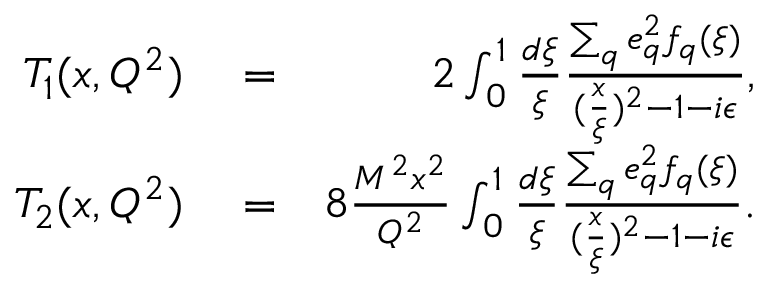
\begin{array} { r l r } { T _ { 1 } ( x , Q ^ { 2 } ) } & { { } = } & { 2 \int _ { 0 } ^ { 1 } \frac { d \xi } { \xi } \frac { \sum _ { q } e _ { q } ^ { 2 } f _ { q } ( \xi ) } { ( \frac { x } { \xi } ) ^ { 2 } - 1 - i \epsilon } , } \\ { T _ { 2 } ( x , Q ^ { 2 } ) } & { { } = } & { 8 \frac { M ^ { 2 } x ^ { 2 } } { Q ^ { 2 } } \int _ { 0 } ^ { 1 } \frac { d \xi } { \xi } \frac { \sum _ { q } e _ { q } ^ { 2 } f _ { q } ( \xi ) } { ( \frac { x } { \xi } ) ^ { 2 } - 1 - i \epsilon } . } \end{array}